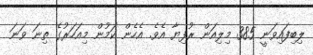
ލިބިފައިވަނީ 385 މިލިއަން ރުފިޔާ އެވެ. އެހެން ކަމުން މިއަހަރުގެ ތިނަ ވަނަ